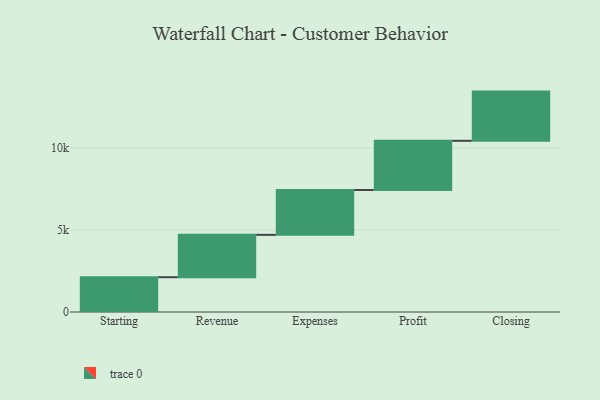
{"axis": {"x": "Step", "y": "Value"}, "legend": [""], "data": [{"x": "Starting", "y": 2122.0, "type": ""}, {"x": "Revenue", "y": 2582.0, "type": ""}, {"x": "Expenses", "y": 2734.0, "type": ""}, {"x": "Profit", "y": 3000, "type": ""}, {"x": "Closing", "y": 3000, "type": ""}]}